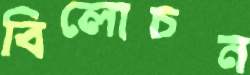
বিলোচন